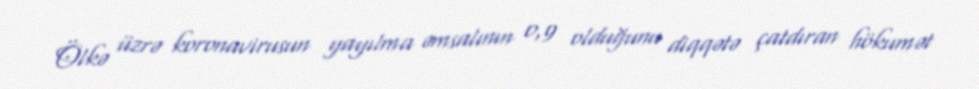
Ölkə üzrə koronavirusun yayılma əmsalının 0,9 olduğunu diqqətə çatdıran hökumət